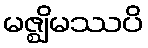
မဇ္ဈိမဿပိ